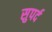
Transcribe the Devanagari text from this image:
सुपर्द